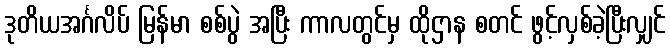
ဒုတိယအင်္ဂလိပ် မြန်မာ စစ်ပွဲ အပြီး ကာလတွင်မှ ထိုဌာန စတင် ဖွင့်လှစ်ခဲ့ပြီးလျှင်